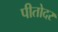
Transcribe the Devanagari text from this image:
पीतोदर